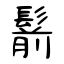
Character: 鬋